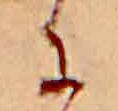
に